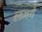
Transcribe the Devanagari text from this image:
लमये